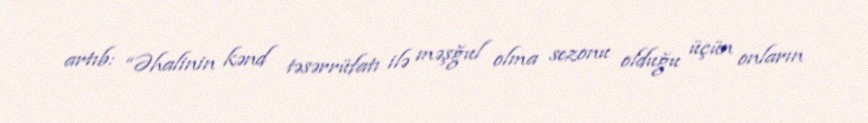
artıb: “Əhalinin kənd təsərrüfatı ilə məşğul olma sezonu olduğu üçün onların